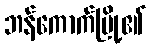
ဘန်ကောက်မြို့၏